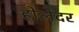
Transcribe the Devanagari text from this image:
होलेंदर